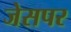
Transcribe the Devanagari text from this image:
जेसपर